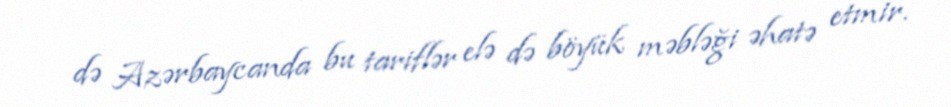
də Azərbaycanda bu tariflər elə də böyük məbləği əhatə etmir.